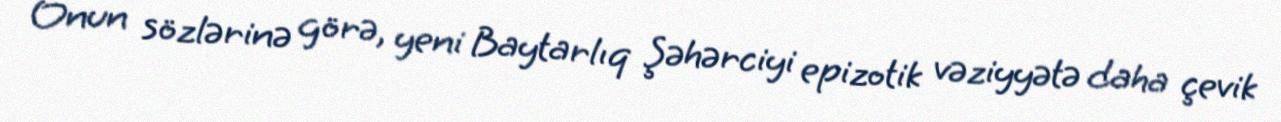
Onun sözlərinə görə, yeni Baytarlıq Şəhərciyi epizotik vəziyyətə daha çevik